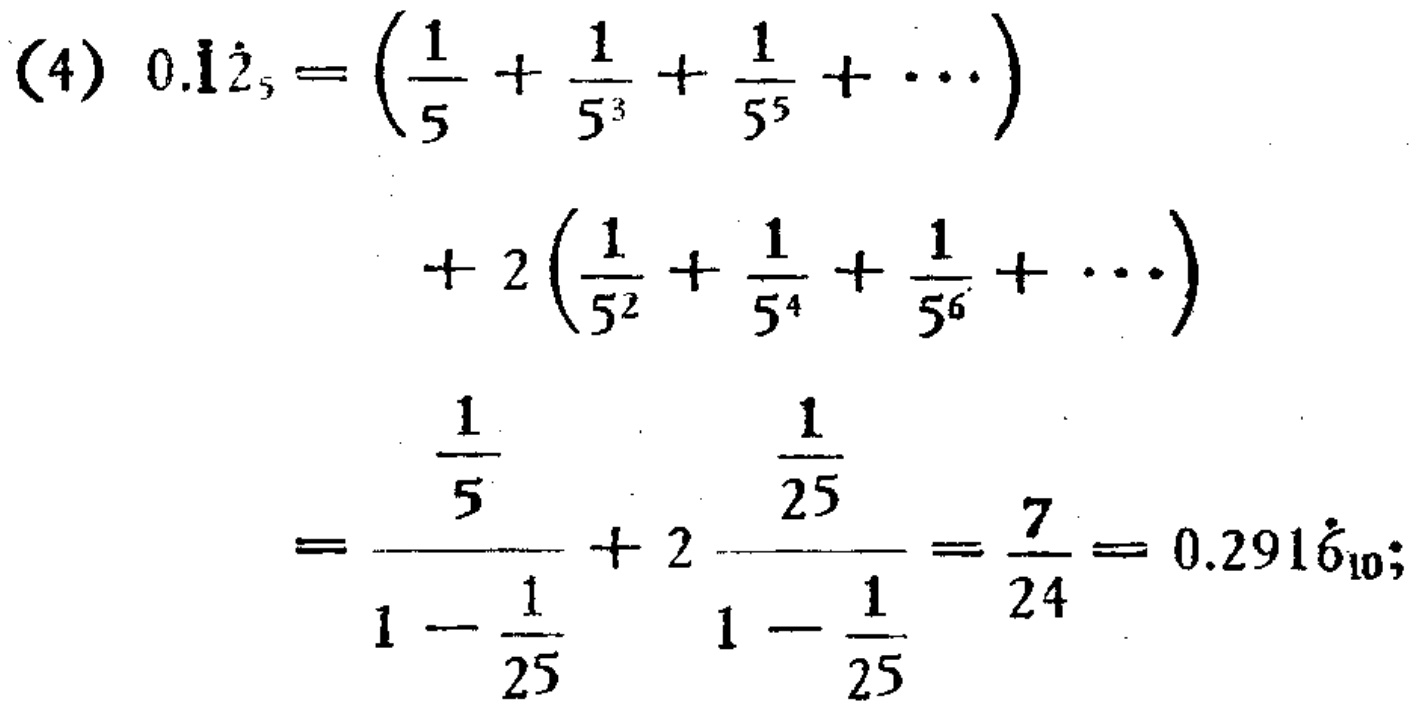
\[
\begin{align*}
0.\dot{1}\dot{2}_5&=\left(\frac{1}{5}+\frac{1}{5^3}+\frac{1}{5^5}+\cdots\right)\\
&+ 2\left(\frac{1}{5^2}+\frac{1}{5^4}+\frac{1}{5^6}+\cdots\right)\\
&=\frac{\frac{1}{5}}{1 - \frac{1}{25}}+ 2\frac{\frac{1}{25}}{1 - \frac{1}{25}}=\frac{7}{24}= 0.291\dot{6}_{10};
\end{align*}
\]